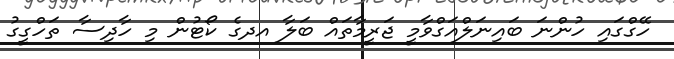
ހޭގްގައި ހުންނަ ބައިނަލްއަގްވާމީ ޖަރީމާތައް ބަލާ އދގެ ކޯޓުން މި ހާދިސާ ތަހްގީގު